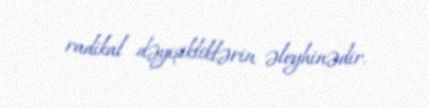
radikal dəyişikliklərin əleyhinədir.